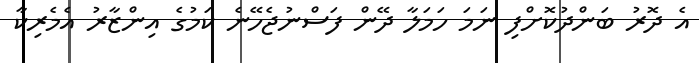
އެ ދޮރު ބަންދުކޮށްފި ނަމަ ހަމަލާ ދޭން ފަސްނުޖެހޭނެ ކަމުގެ އިންޒާރު އެމެރިކާ